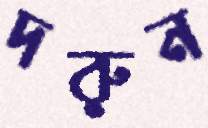
দরুন